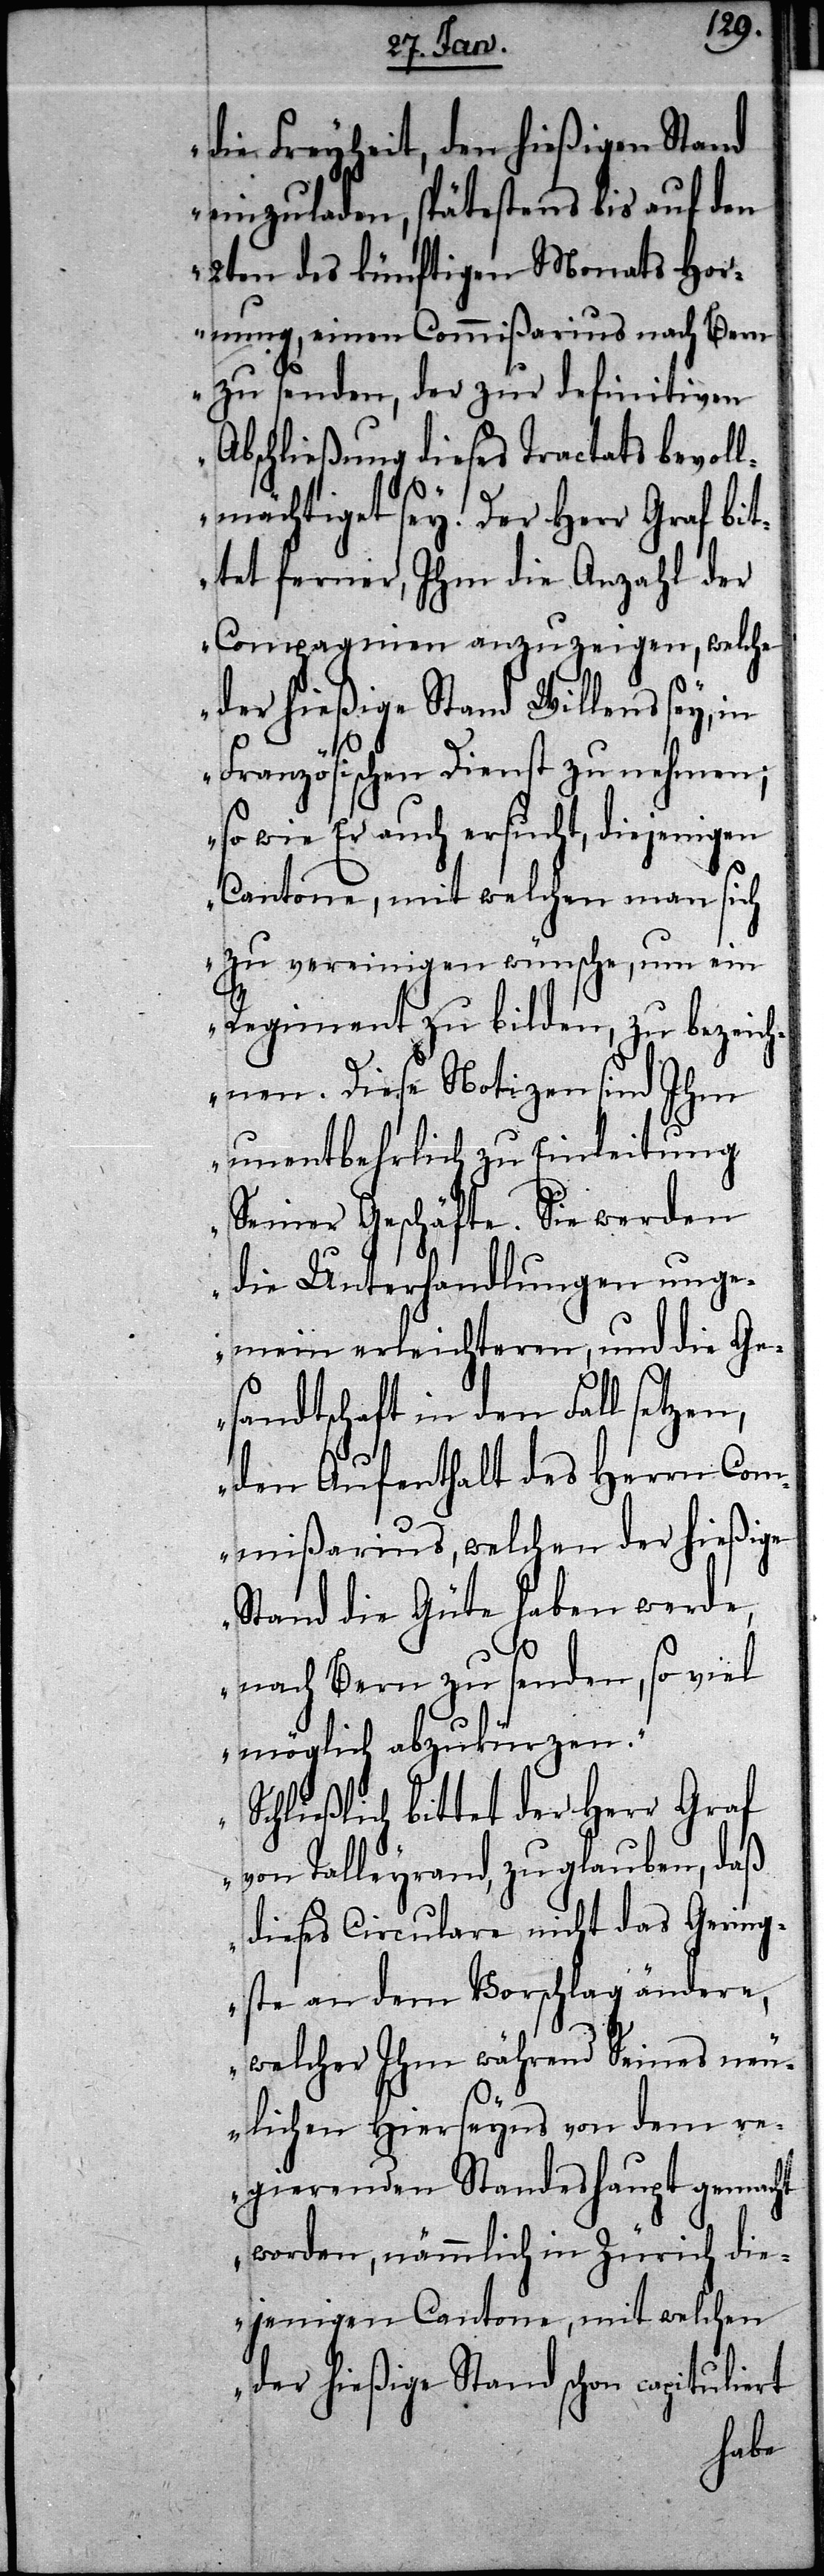
die Freyheit, den hießigen Stand
einzuladen, spätestens bis auf den
2ten des künftigen Monats Hor¬
nung, einen Commißarius nach Bern
zu senden, der zur definitiven
Abschließung dieses Tractats bevoll¬
mächtiget sey. Der Herr Graf bit¬
tet ferner, Ihm die Anzahl der
Compagnien anzuzeigen, welche
der hießige Stand Willens sey, in
Französischen Dienst zu nehmen;
so wie Er auch ersucht, diejenigen
Cantone, mit welchen man sich
zu vereinigen wünsche, um ein
Regiment zu bilden, zu bezeich¬
nen. Diese Notizen sind Ihm
unentbehrlich zu Einleitung
Seiner Geschäfte. Sie werden
die Unterhandlungen unge¬
mein erleichteren, und die Ge¬
sandtschaft in den Fall setzen,
den Aufenthalt des Herrn Com¬
mißarius, welchen der hießige
Stand die Güte haben werde,
nach Bern zu senden, so viel
möglich abzukürzen.
Schließlich bittet der Herr Graf
von Talleyrand, zu glauben, daß
dieses Circulare nicht das Gering¬
ste an dem Vorschlag ändere,
welcher Ihm während Seines neu¬
lichen Hierseyns von dem re¬
gierenden Standeshaupt gemacht
worden, nämmlich in Zürich die¬
jenigen Cantone, mit welchen
der hießige Stand schon capitulirt